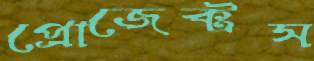
প্রোজেক্টস